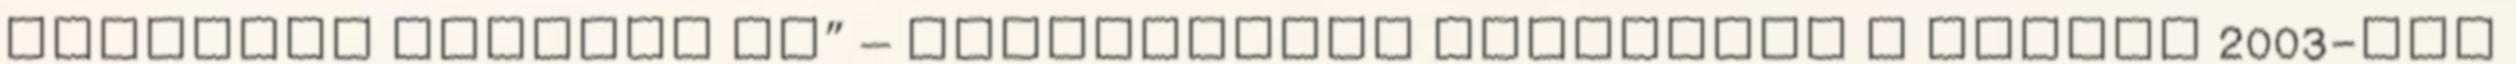
ecsettel mondjak el” – nyilatkozta önmagáról a művész 2003-ban